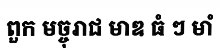
ពួក មច្ចុរាជ មាឌ ធំ ៗ មាំ